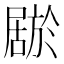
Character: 𫵦